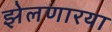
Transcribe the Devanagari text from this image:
झेलणारया